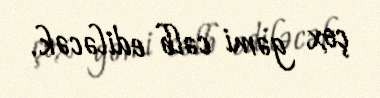
çox gəmi cəlb ediləcək.